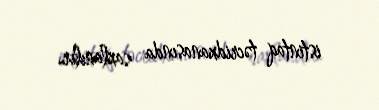
istintaq təcridxanasında saxlanılır.